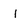
Character: 1